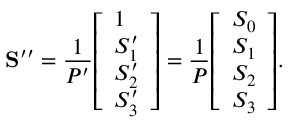
\mathbf { S ^ { \prime \prime } } = { \frac { 1 } { P ^ { \prime } } } { \left[ \begin{array} { l } { 1 } \\ { S _ { 1 } ^ { \prime } } \\ { S _ { 2 } ^ { \prime } } \\ { S _ { 3 } ^ { \prime } } \end{array} \right] } = { \frac { 1 } { P } } { \left[ \begin{array} { l } { S _ { 0 } } \\ { S _ { 1 } } \\ { S _ { 2 } } \\ { S _ { 3 } } \end{array} \right] } .